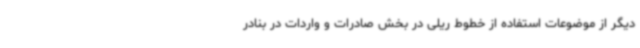
دیگر از موضوعات استفاده از خطوط ریلی در بخش صادرات و واردات در بنادر